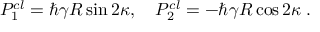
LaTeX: { \cal P } _ { 1 } ^ { c l } = \hbar \gamma R \sin 2 \kappa , \quad { \cal P } _ { 2 } ^ { c l } = - \hbar \gamma R \cos 2 \kappa \; .